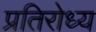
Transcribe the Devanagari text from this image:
प्रतिरोध्य